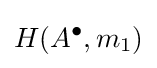
H(A^{\bullet },m_{1})